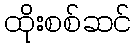
ထိုးစစ်ဆင်